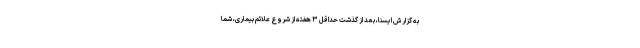
به گزارش ایسنا، بعد از گذشت حداقل ۳ هفته از شروع علائم بیماری، شما